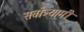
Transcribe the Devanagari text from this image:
सर्वांत्र्यामी